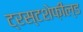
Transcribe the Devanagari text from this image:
ट्रस्टशेफ़ील्ड